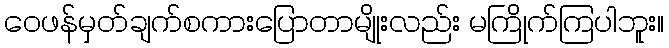
ဝေဖန်မှတ်ချက်စကားပြောတာမျိုးလည်း မကြိုက်ကြပါဘူး။